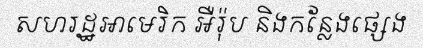
សហរដ្ឋអាមេរិក អឺរ៉ុប និងកន្លែងផ្សេង